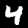
Digit: 4